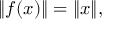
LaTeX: \| f ( x ) \| = \| x \| ,